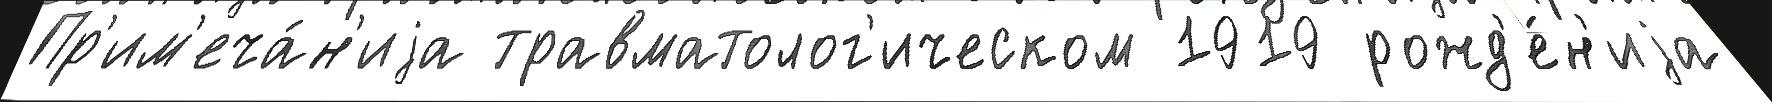
Пр'им'еча́н'иjа травматолог'ическом 1919 рожд'е́н'иjа